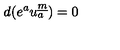
d ( e ^ { a } u _ { a } ^ { \underline { { m } } } ) = 0